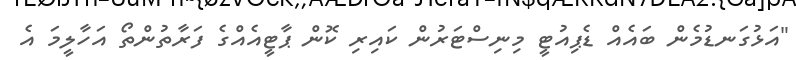
"އަޅުގަނޑުމެން ބައެެއް ޑެޕިއުޓީ މިނިސްޓަރުން ކައިިރި ކޮން ޕާޓީއެއްގެ ފަރާތުންތޯ އަހާލީމަ އެ